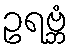
ဥရဗ္ဘံ